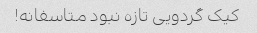
کیک گردویی تازه نبود متاسفانه!